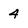
Character: 4